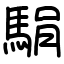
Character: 駽